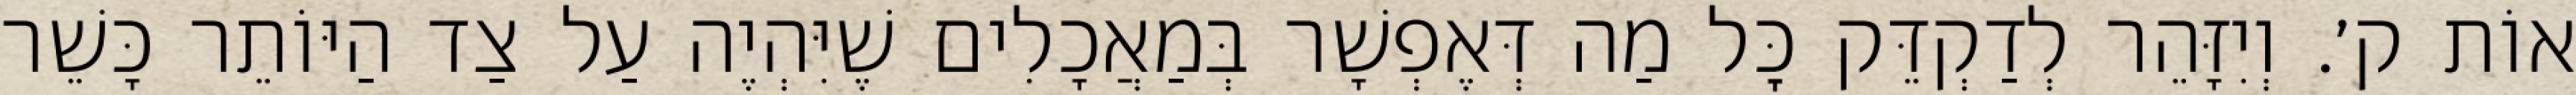
אוֹת ק׳. וְיִזָּהֵר לְדַקְדֵּק כׇּל מַה דְּאֶפְשָׁר בְּמַאֲכָלִים שֶׁיִּהְיֶה עַל צַד הַיּוֹתֵר כָּשֵׁר